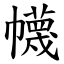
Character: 幭